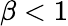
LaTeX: \beta<1